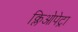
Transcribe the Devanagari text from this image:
क्लिओपेट्रा